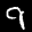
Label: 9